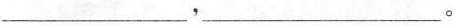
___，___